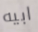
ابيه